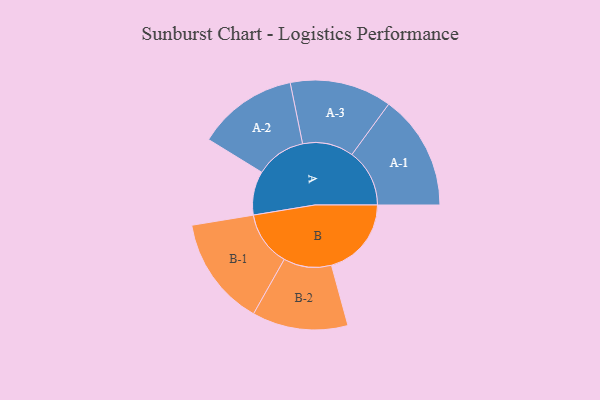
{"axis": {"x": "Segment", "y": "Value"}, "legend": ["", "A", "B"], "data": [{"x": "A", "y": 171, "type": ""}, {"x": "B", "y": 312, "type": ""}, {"x": "A-1", "y": 225, "type": "A"}, {"x": "A-2", "y": 196, "type": "A"}, {"x": "A-3", "y": 199, "type": "A"}, {"x": "B-1", "y": 214, "type": "B"}, {"x": "B-2", "y": 187, "type": "B"}]}